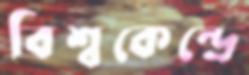
বিশ্বকেন্দ্রে